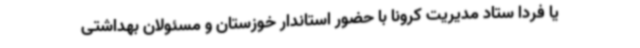
یا فردا ستاد مدیریت کرونا با حضور استاندار خوزستان و مسئولان بهداشتی